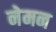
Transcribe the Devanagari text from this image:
नेमन